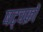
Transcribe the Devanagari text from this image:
षट्चक्रों